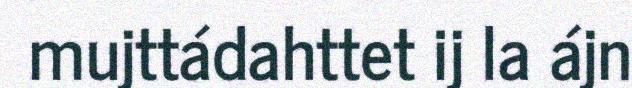
mujttádahttet ij la ájn